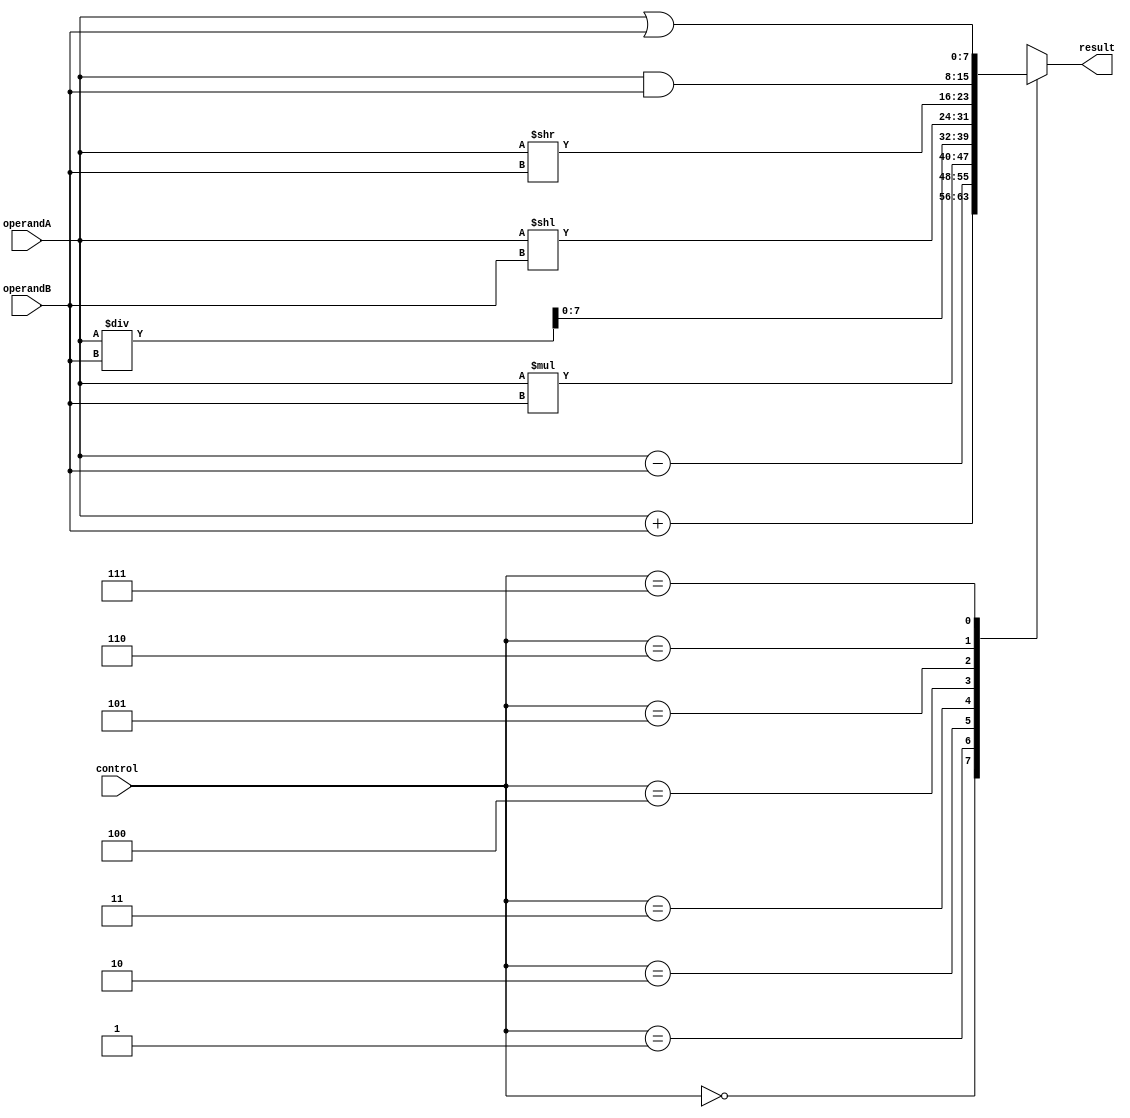
module alu(
  input [7:0] operandA,
  input [7:0] operandB,
  input [2:0] control,
  output reg [7:0] result
);

// Adder
wire [8:0] adder_out;
assign adder_out = operandA + operandB;

// Subtractor
wire [8:0] subtractor_out;
assign subtractor_out = operandA - operandB;

// Multiplier
wire [15:0] multiplier_out;
assign multiplier_out = operandA * operandB;

// Divider
wire [15:0] divider_out;
assign divider_out = operandA / operandB;

// Shifter
wire [7:0] shift_left_out, shift_right_out;
assign shift_left_out = operandA << operandB;
assign shift_right_out = operandA >> operandB;

// Logic gates
wire [7:0] and_out, or_out, not_out;
assign and_out = operandA & operandB;
assign or_out = operandA | operandB;
assign not_out = ~operandA;

// Output selection based on control signals
always @(*) begin
  case (control)
    3'b000: result = adder_out[7:0]; // Addition
    3'b001: result = subtractor_out[7:0]; // Subtraction
    3'b010: result = multiplier_out[7:0]; // Multiplication
    3'b011: result = divider_out[7:0]; // Division
    3'b100: result = shift_left_out; // Left shift
    3'b101: result = shift_right_out; // Right shift
    3'b110: result = and_out; // Bitwise AND
    3'b111: result = or_out; // Bitwise OR
    default: result = not_out; // Bitwise NOT
  endcase
end

endmodule